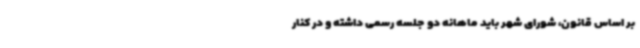
بر اساس قانون، شورای شهر باید ماهانه دو جلسه رسمی داشته و در کنار